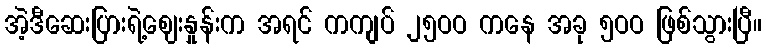
အဲ့ဒီဆေးပြားရဲ့ဈေးနှုန်းက အရင် ကကျပ် ၂၅ဝဝ ကနေ အခု ၅ဝဝ ဖြစ်သွားပြီ။